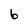
Character: 6